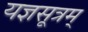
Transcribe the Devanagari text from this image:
यज्ञसूत्रम्